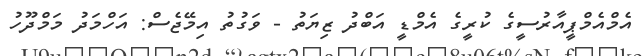
އެމްއެމްޕީއާރުސީގެ ކުރީގެ އެމްޑީ އަބްދު ޒިޔަތު - ވަގުތު އިމޭޖެސް: އަހްމަދު މަމްދޫހު